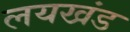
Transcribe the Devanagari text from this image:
लयखंड